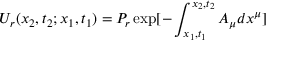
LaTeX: U _ { r } ( x _ { 2 } , t _ { 2 } ; x _ { 1 } , t _ { 1 } ) = P _ { r } \exp [ - \int _ { x _ { 1 } , t _ { 1 } } ^ { x _ { 2 } , t _ { 2 } } A _ { \mu } d x ^ { \mu } ]